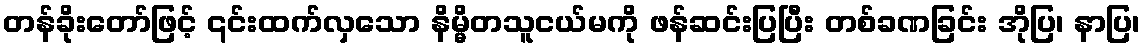
တန်ခိုးတော်ဖြင့် ၎င်းထက်လှသော နိမ္မိတသူငယ်မကို ဖန်ဆင်းပြပြီး တစ်ခဏခြင်း အိုပြ၊ နာပြ၊